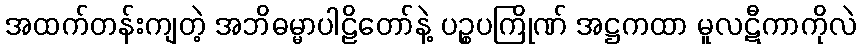
အထက်တန်းကျတဲ့ အဘိဓမ္မာပါဠိတော်နဲ့ ပဉ္စပကြိုဏ် အဋ္ဌကထာ မူလဋီကာကိုလဲ